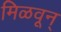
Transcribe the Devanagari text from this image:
मिळवून्